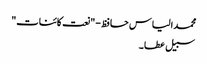
محمد الیاس حافظ - "نعت کائنات"
سبیل عطا ۔